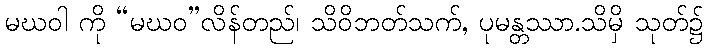
မဃဝါ ကို “မဃဝ”လိန်တည်၊ သိဝိဘတ်သက်, ပုမန္တဿာ.သိမှိ သုတ်၌